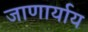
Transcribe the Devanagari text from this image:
जाणार्याय